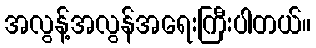
အလွန့်အလွန်အရေးကြီးပါတယ်။